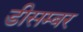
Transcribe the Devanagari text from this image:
डीसम्बर